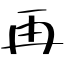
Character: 再